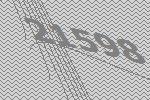
21598